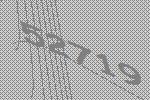
52719